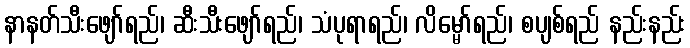
နာနတ်သီးဖျော်ရည်၊ ဆီးသီးဖျော်ရည်၊ သံပုရာရည်၊ လိမ္မော်ရည်၊ စပျစ်ရည် နည်းနည်း